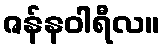
ဇန်နဝါရီလ။